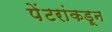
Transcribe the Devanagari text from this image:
पेंटरांकडून